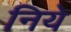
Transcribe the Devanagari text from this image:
निये